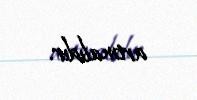
artmalıdır.